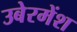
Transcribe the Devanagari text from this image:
उबेरमेंश